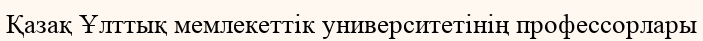
Қазақ Ұлттық мемлекеттік университетінің профессорлары